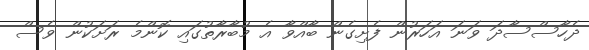
ދެހާސްސާދަ ވަނަ އަހަރުން ފެށިގެން ބާއްވާ އެ މުބާރާތުގައި ކޮންމެ ރަށަކުން ވެސް